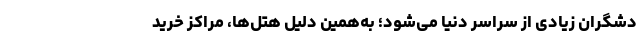
دشگران زیادی از سراسر دنیا می‌شود؛ به‌همین ‌دلیل هتل‌ها، مراکز خرید